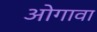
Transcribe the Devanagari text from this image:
ओगावा